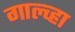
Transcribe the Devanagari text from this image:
गाल्व्हा